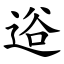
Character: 逧